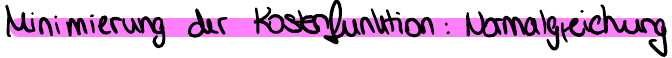
Minimierung der Kostenfunktion : Normalgleichung